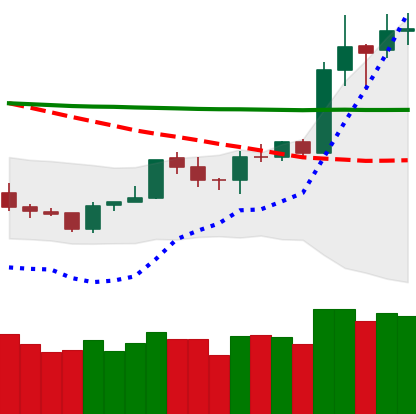
Ticker: TRX-USD
Chart end date: 2020-01-18
Forward return: -8.258%
Label: down_7plus